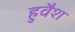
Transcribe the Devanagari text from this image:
हुवैश